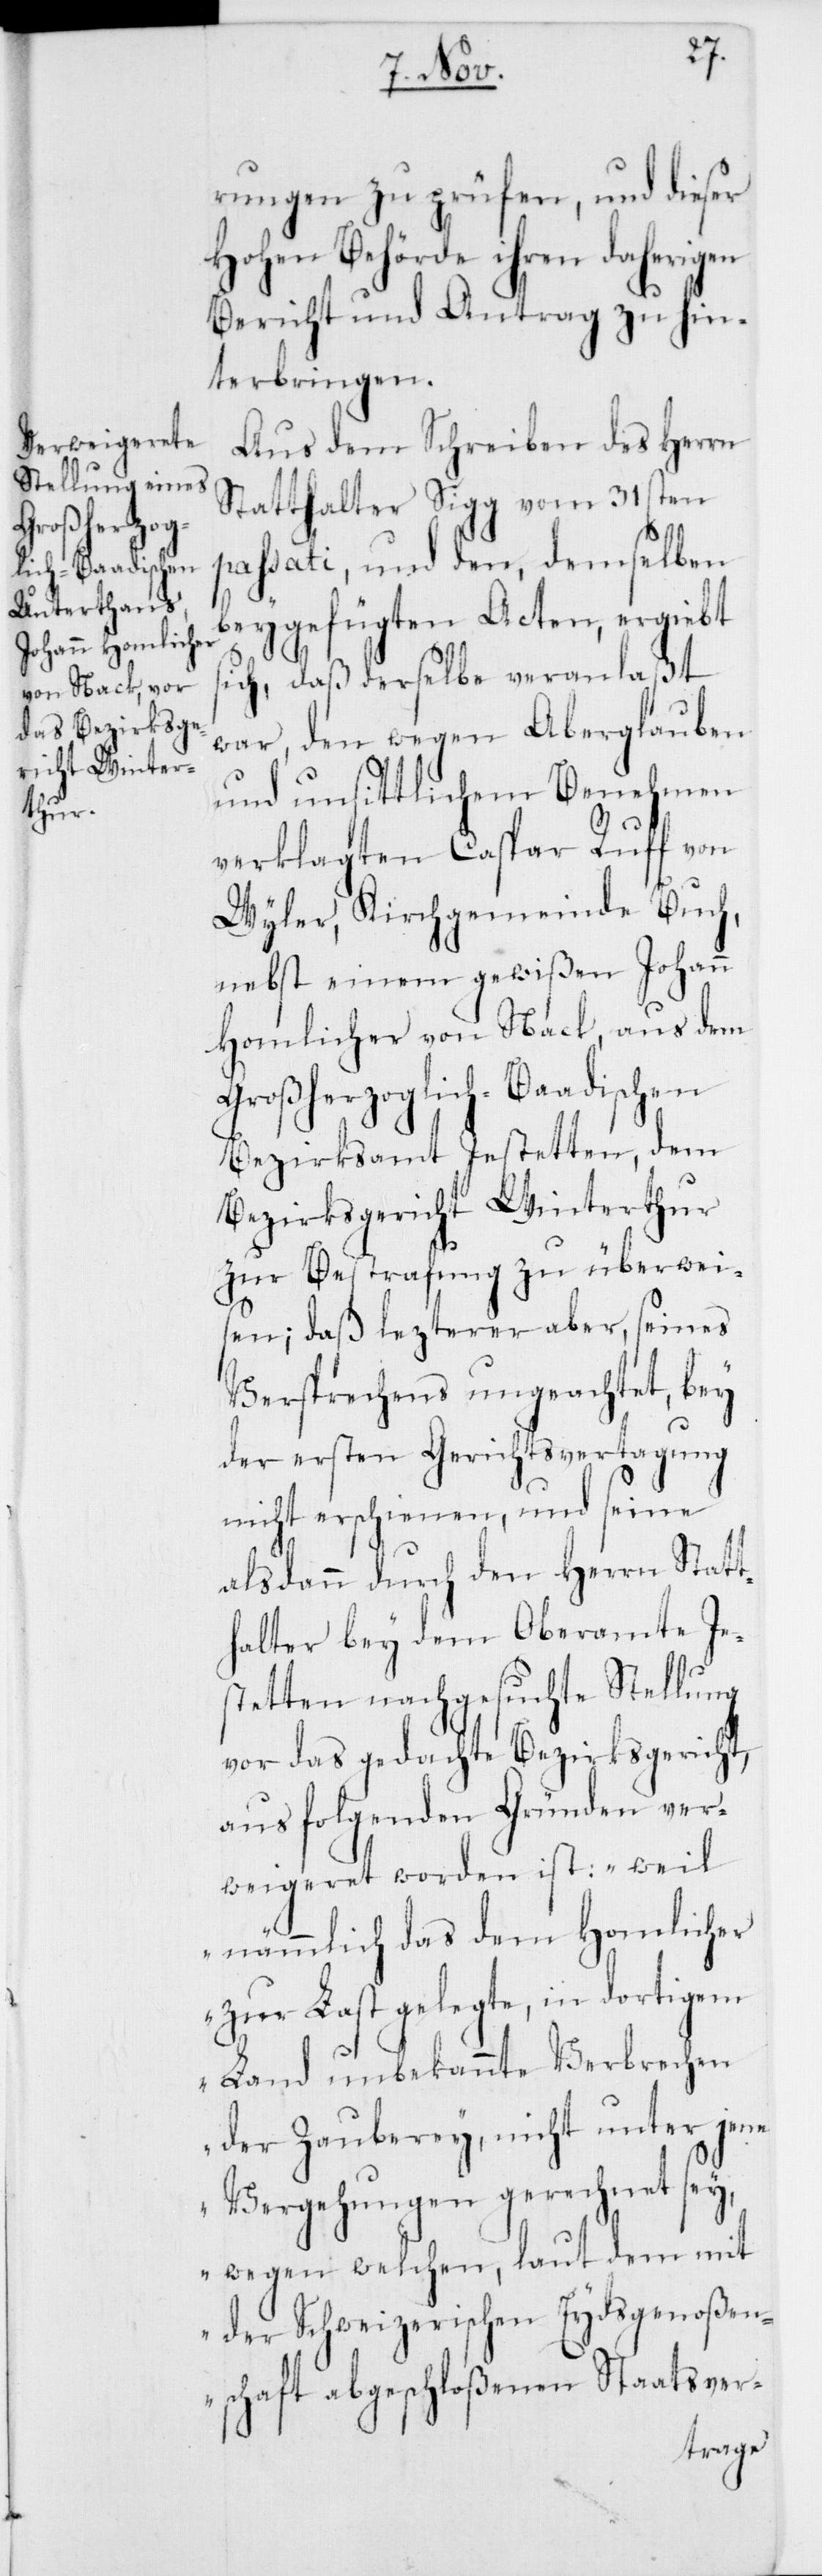
rungen zu prüfen, und dieser
Hohen Behörde ihren daherigen
Bericht und Antrag zu hin¬
terbringen.
Aus dem Schreiben des Herrn
Statthalter Sigg vom 31sten
passati, und den, demselben
beygefügten Acten, ergiebt
sich, daß derselbe veranlaßt
war, den wegen Aberglauben
und unsittlichem Benehmen
verklagten Caspar Ruff von
Wyler, Kirchgemeinde Buch,
nebst einem gewißen Johann
Homlicher von Nack, aus dem
Großherzoglich-Baadischen
Bezirksamt Jestetten, dem
Bezirksgericht Winterthur
zur Bestrafung zu überwei¬
sen; daß lezterer aber, seines
Versprechens ungeachtet, bey
der ersten Gerichtsvertagung
nicht erschienen, und seine
alsdann durch den Herrn Statt¬
halter bey dem Oberamte Je¬
stetten nachgesuchte Stellung
vor das gedachte Bezirksgericht,
aus folgenden Gründen ver¬
weigeret worden ist: „weil
nämmlich das dem Homlicher
zur Last gelegte, in dortigem
Land unbekannte Verbrechen
der Zauberey, nicht unter jene
Vergehungen gerechnet sey,
wegen welchen, laut dem mit
der Schweizerischen Eydsgenoßen¬
schaft abgeschloßenen Staatsver-